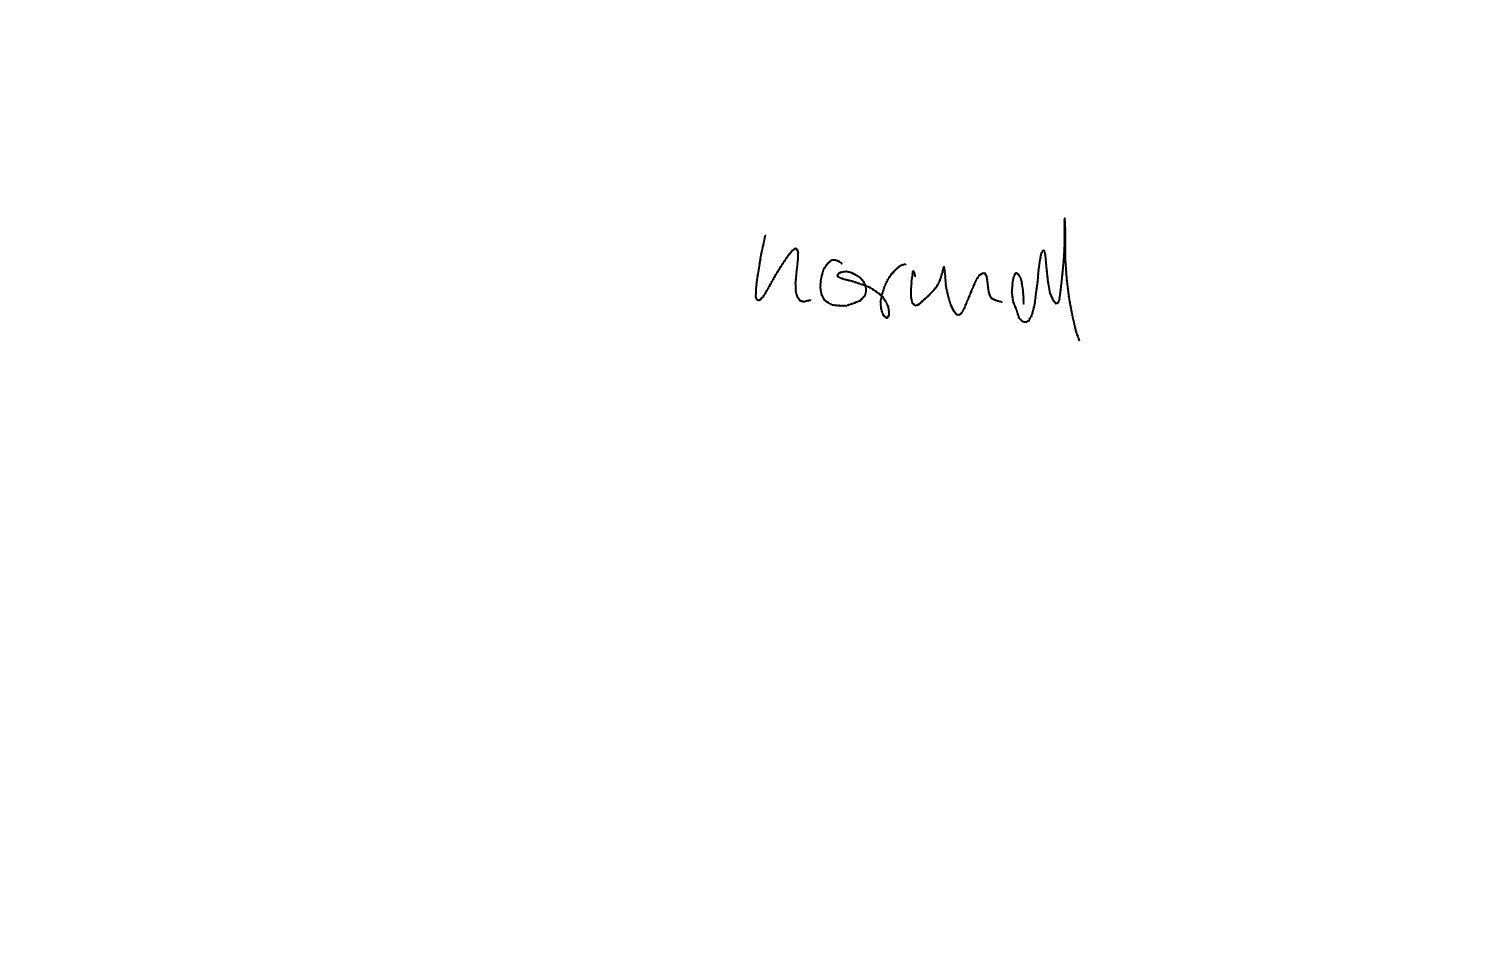
Text: normal